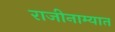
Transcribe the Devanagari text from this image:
राजीनाम्यात